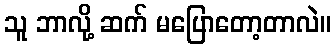
သူ ဘာလို့ ဆက် မပြောတော့တာလဲ။